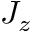
J _ { z }